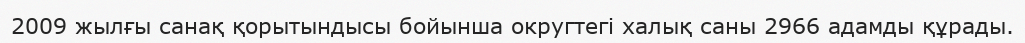
2009 жылғы санақ қорытындысы бойынша округтегі халық саны 2966 адамды құрады.